Civil Veterinary Dept. North-West Frontier Province 1933-46 - 1933-1946
Year: 1933
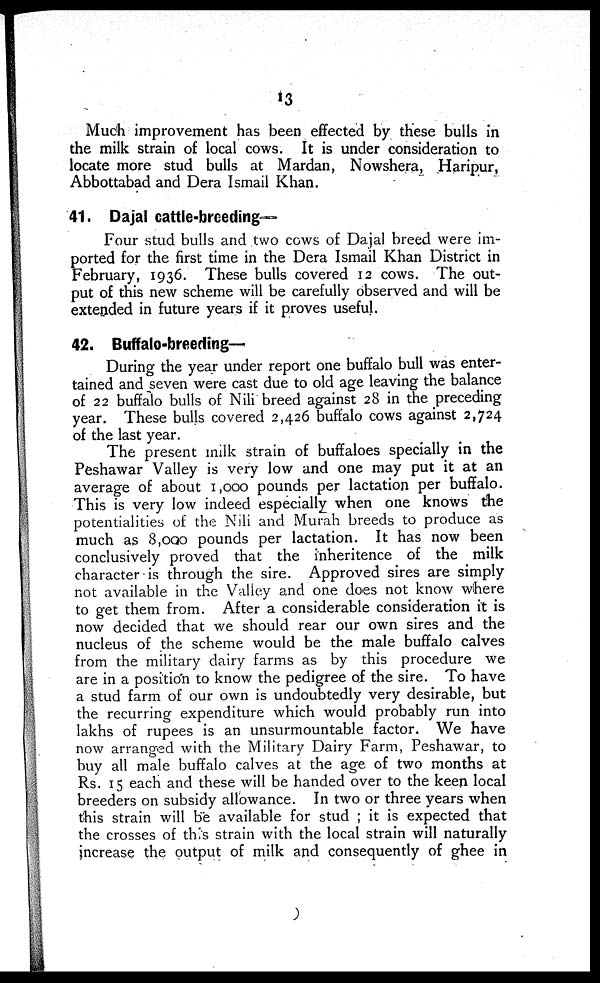
13
Much improvement has been effected by these bulls in
the milk strain of local cows. It is under consideration to
locate more stud bulls at Mardan, Nowshera, Haripur,
Abbottabad and Dera Ismail Khan.
41. Dajal cattle-breeding—
Four stud bulls and two cows of Dajal breed were im-
ported for the first time in the Dera Ismail Khan District in
February, 1936. These bulls covered 12 cows. The out-
put of this new scheme will be carefully observed and will be
extended in future years if it proves useful.
42. Buffalo-breeding—
During the year under report one buffalo bull was enter-
tained and seven were cast due to old age leaving the balance
of 22 buffalo bulls of Nili breed against 28 in the preceding
year. These bulls covered 2,426 buffalo cows against 2,724
of the last year.
The present milk strain of buffaloes specially in the
Peshawar Valley is very low and one may put it at an
average of about 1,000 pounds per lactation per buffalo.
This is very low indeed especially when one knows the
potentialities of the Nili and Murah breeds to produce as
much as 8,000 pounds per lactation. It has now been
conclusively proved that the inheritence of the milk
character is through the sire. Approved sires are simply
not available in the Valley and one does not know where
to get them from. After a considerable consideration it is
now decided that we should rear our own sires and the
nucleus of the scheme would be the male buffalo calves
from the military dairy farms as by this procedure we
are in a position to know the pedigree of the sire. To have
a stud farm of our own is undoubtedly very desirable, but
the recurring expenditure which would probably run into
lakhs of rupees is an unsurmountable factor. We have
now arranged with the Military Dairy Farm, Peshawar, to
buy all male buffalo calves at the age. of two months at
Rs. 15 each and these will be handed over to the keen local
breeders on subsidy allowance. In two or three years when
this strain will be available for stud ; it is expected that
the crosses of this strain with the local strain will naturally
increase the output of milk and consequently of ghee in